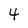
Character: 4